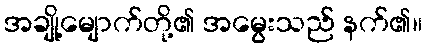
အချို့မျောက်တို့၏ အမွေးသည် နက်၏။